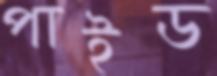
পাইড